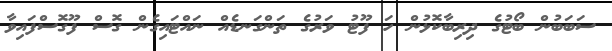
ސަބަބުން ބޯޓުގެ ދިރިބާކޮޅުން ހަ ފޫޓު ވަރުގެ ތަންގަނޑެއް ނައްޓައިގެން ގޮސް ފޫގޮސްފައިވާ